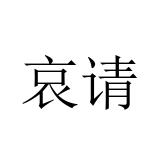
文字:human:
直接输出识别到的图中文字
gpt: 哀请